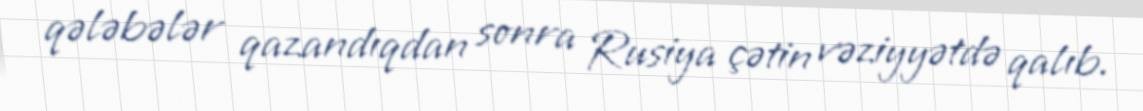
qələbələr qazandıqdan sonra Rusiya çətin vəziyyətdə qalıb.